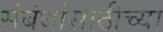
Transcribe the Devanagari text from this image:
संबंधांसाठीच्या